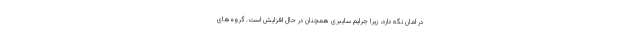
در امان نگه دارد، زیرا جرایم سایبری همچنان در حال افزایش است. گروه‌های